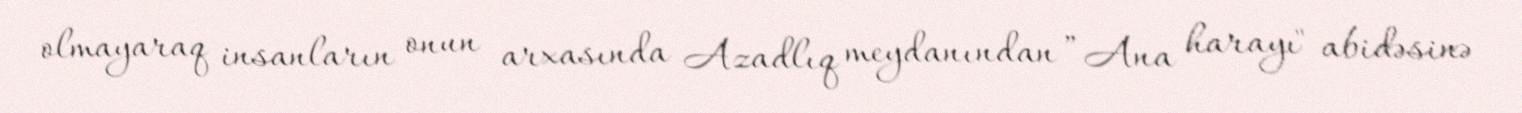
olmayaraq insanların onun arxasında Azadlıq meydanından ”Ana harayı" abidəsinə